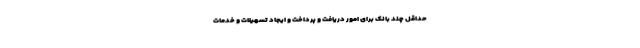
حداقل چند بانک برای امور دریافت و پرداخت و ایجاد تسهیلات و خدمات